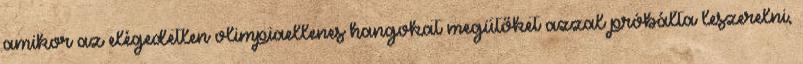
amikor az elégedetlen olimpiaellenes hangokat megütőket azzal próbálta leszerelni,